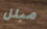
مبلل